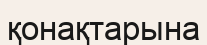
қонақтарына